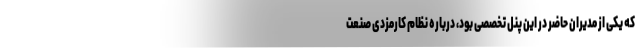
که یکی از مدیران حاضر در این پنل تخصصی بود، درباره نظام کارمزدی صنعت